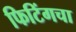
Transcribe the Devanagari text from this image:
फिटिंगचा